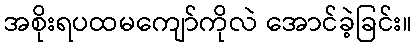
အစိုးရပထမကျော်ကိုလဲ အောင်ခဲ့ခြင်း။